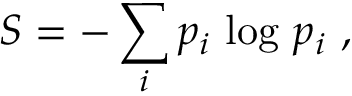
S = - \sum _ { i } p _ { i } ~ \mathrm { l o g } ~ p _ { i } \ ,